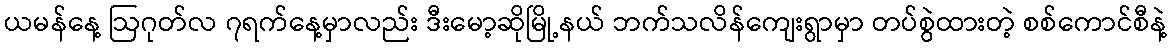
ယမန်နေ့ ဩဂုတ်လ ၇ရက်နေ့မှာလည်း ဒီးမော့ဆိုမြို့နယ် ဘက်သလိန်ကျေးရွာမှာ တပ်စွဲထားတဲ့ စစ်ကောင်စီနဲ့